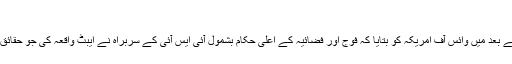
‘‘
اس خصوصی اجلاس میں موجود مسلم لیگ (ق) کے رکن قومی اسمبلی ریاض فتیانہ نے بعد میں وائس آف امریکہ کو بتایا کہ فوج اور فضائیہ کے اعلیٰ حکام بشمول آئی ایس آئی کے سربراہ نے ایبٹ واقعہ کی جو حقائق بیان کیے ہیں اُس پر دونوں ایوانوں کے اراکین عمومی طور پر مطمئن دیکھائی دیے۔